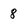
Character: 8